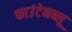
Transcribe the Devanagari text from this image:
फाउंटेनब्‍लू